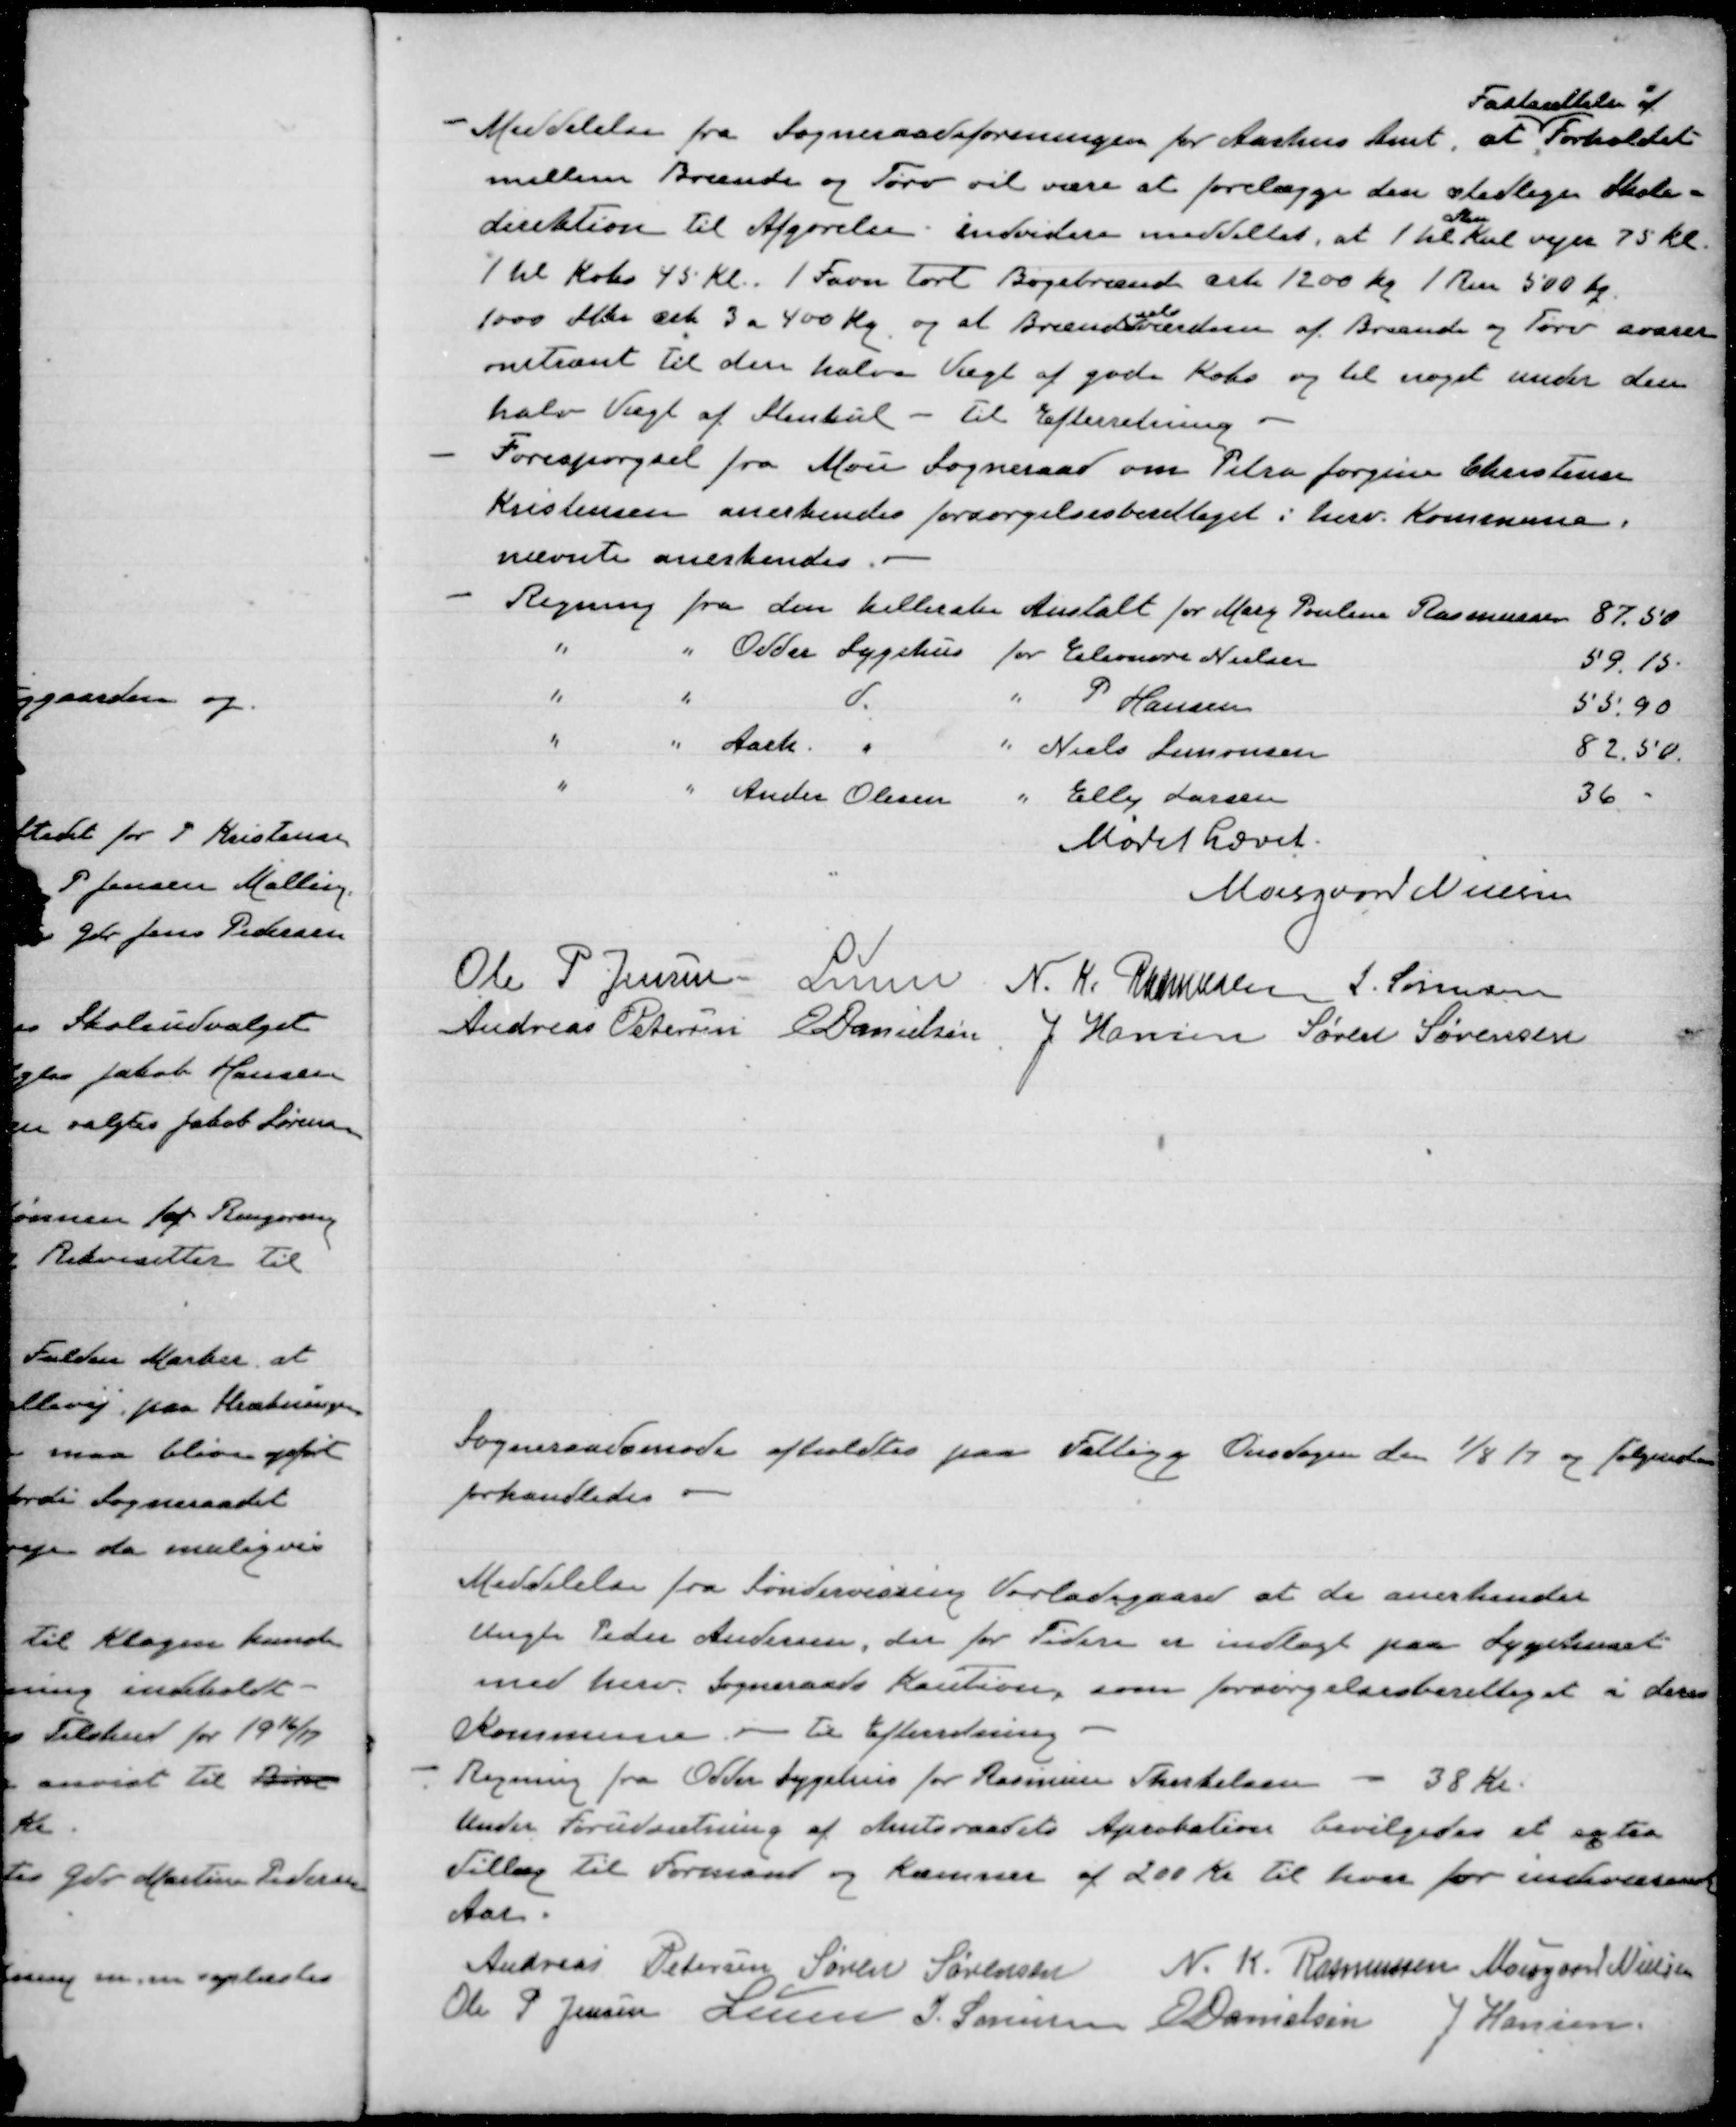
Transskription:
Meddelelse fra Sogneraadesforeningen for Aarhus Amt at Forholdet
Fastsættelse af
mellem Brænde og Tørv vil være at forelægge den stedlige Skole-
direktion til Afgørelse: indvidere meddeles, at 1 hl vejer 75 KG
flade
1 Hl Koks 45 KG. 1 Favn tørt Bøgebrænde cirka 1200 Kg 1 Rm 500 Kg
1000 Stks cirka 3 a 400 Kg og al Brændselsværdier af Brænde og Tørv svarer
omtrent til den halve Vægt af gode Koks og til noget under den
halve Vægt af Stenkul - Til Efterretning.
Forespørgsel fra Mou Sogneraad om Petra Jørgine Christense
Kristensen anerkenes forsorgelsesberettiget i herv. Kommune,
nævnte anerkendes.
Regning fra den kellerske Anstalt for Marg Poulina Rasmussen 87,50
"
" Odder Sygehus for Eleonora Nielsen
59,15
"
"
d.
" P Hansen
55,90
"
" Aarh. "
" Niels Simonsen
82,50
"
" Anders Olesen " Elly Larsen
36
Mødet hævet
Moesgaard Nielsen
Ole P Jensen Lunn N. K. Rasmussen S. Sørensen
Andreas Petersen E Danielsen J Hansen Søren Sørensen

Sognerådsmøde afholdtes paa Falling Onsdagen den 1/8 17 og følgende
forhandledes
Meddelelse fra Søndervissing Vorladegaard at de anderkender
Slagter Peder Andersen, der for Tiden er indlagt paa Sygehuset
med hver Sogneraads Kaution som forsørgelsberettiget i deres
Kommune
Til Efterretning
Regning fra Odder Sygehus for Rasmine Therkelsen - 38 Kr.
Under Forudsætning af Amtsraadets Aprobation bevilgedes et ekstra
Tillæg til Formand og Kæmner af 200 Kr til hver for indeværende
Aar.
Andreas Petersen Søren Sørensen N. K. Rasmussen Moesgaard Nielsen
Ole P Jensen Lunn J. Sørensen O Danielsen J Hansen